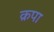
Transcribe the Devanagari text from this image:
क्रपा